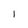
Character: l